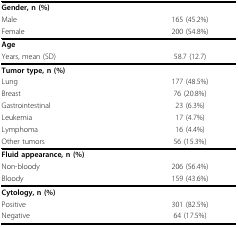
| Gender, n (%) |  |
 | Male | 165 (45.2%) |
 | Female | 200 (54.8%) |
 | --- | --- |
 | Age |  |
 | Years, mean (SD) | 58.7 (12.7) |
 | Tumor type, n (%) |  |
 | Lung | 177 (48.5%) |
 | Breast | 76 (20.8%) |
 | Gastrointestinal | 23 (6.3%) |
 | Leukemia | 17 (4.7%) |
 | Lymphoma | 16 (4.4%) |
 | Other tumors | 56 (15.3%) |
 | Fluid appearance, n (%) |  |
 | Non-bloody | 206 (56.4%) |
 | Bloody | 159 (43.6%) |
 | Cytology, n (%) |  |
 | Positive | 301 (82.5%) |
 | Negative | 64 (17.5%) |